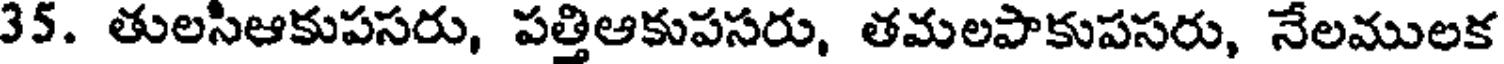
35. తులసిఆకుపసరు, పత్తిఆకుపసరు, తమలపాకుపసరు, నేలములక